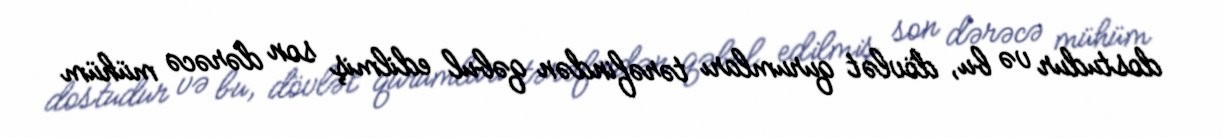
dostudur və bu, dövlət qurumları tərəfindən qəbul edilmiş son dərəcə mühüm